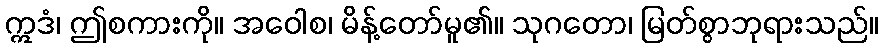
ဣဒံ၊ ဤစကားကို။ အဝေါစ၊ မိန့်တော်မူ၏။ သုဂတော၊ မြတ်စွာဘုရားသည်။